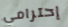
إحترامي